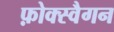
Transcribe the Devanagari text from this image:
फ़ोक्स्वैगन